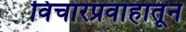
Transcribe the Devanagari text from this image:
विचारप्रवाहातून